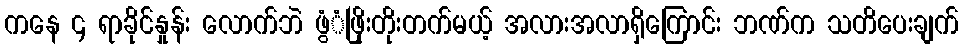
ကနေ ၄ ရာခိုင်နှုန်း လောက်ဘဲ ဖွံံဖြိုးတိုးတက်မယ့် အလားအလာရှိကြောင်း ဘဏ်က သတိပေးချက်